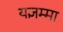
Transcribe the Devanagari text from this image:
यज्ञम्मा